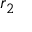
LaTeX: { \boldsymbol { r } } _ { 2 }